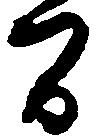
間